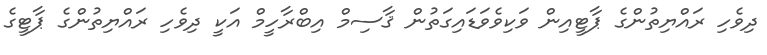
ދިވެހި ރައްޔިތުންގެ ޕާޓީއިން ވަކިވެވަޑައިގަތުން ޤާސިމް އިބްރާހީމް އަކީ ދިވެހި ރައްޔިތުންގެ ޕާޓީގެ